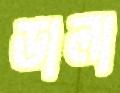
ডালা